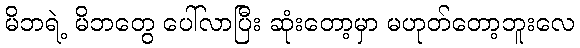
မိဘရဲ့ မိဘတွေ ပေါ်လာပြီး ဆုံးတော့မှာ မဟုတ်တော့ဘူးလေ